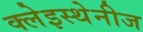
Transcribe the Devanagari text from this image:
क्लेइस्थेनीज